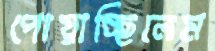
পোয়াচ্ছিলেম